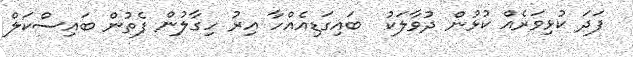
ފަދަ ކުޅިވަރެއް ކުޅުން ދުވާލަކު  ބައިގަޑިއެއްހާ އިރު ހިގާލުން ފެތުން ބައިސްކަލް